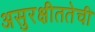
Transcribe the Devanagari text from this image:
असुरक्षीततेची